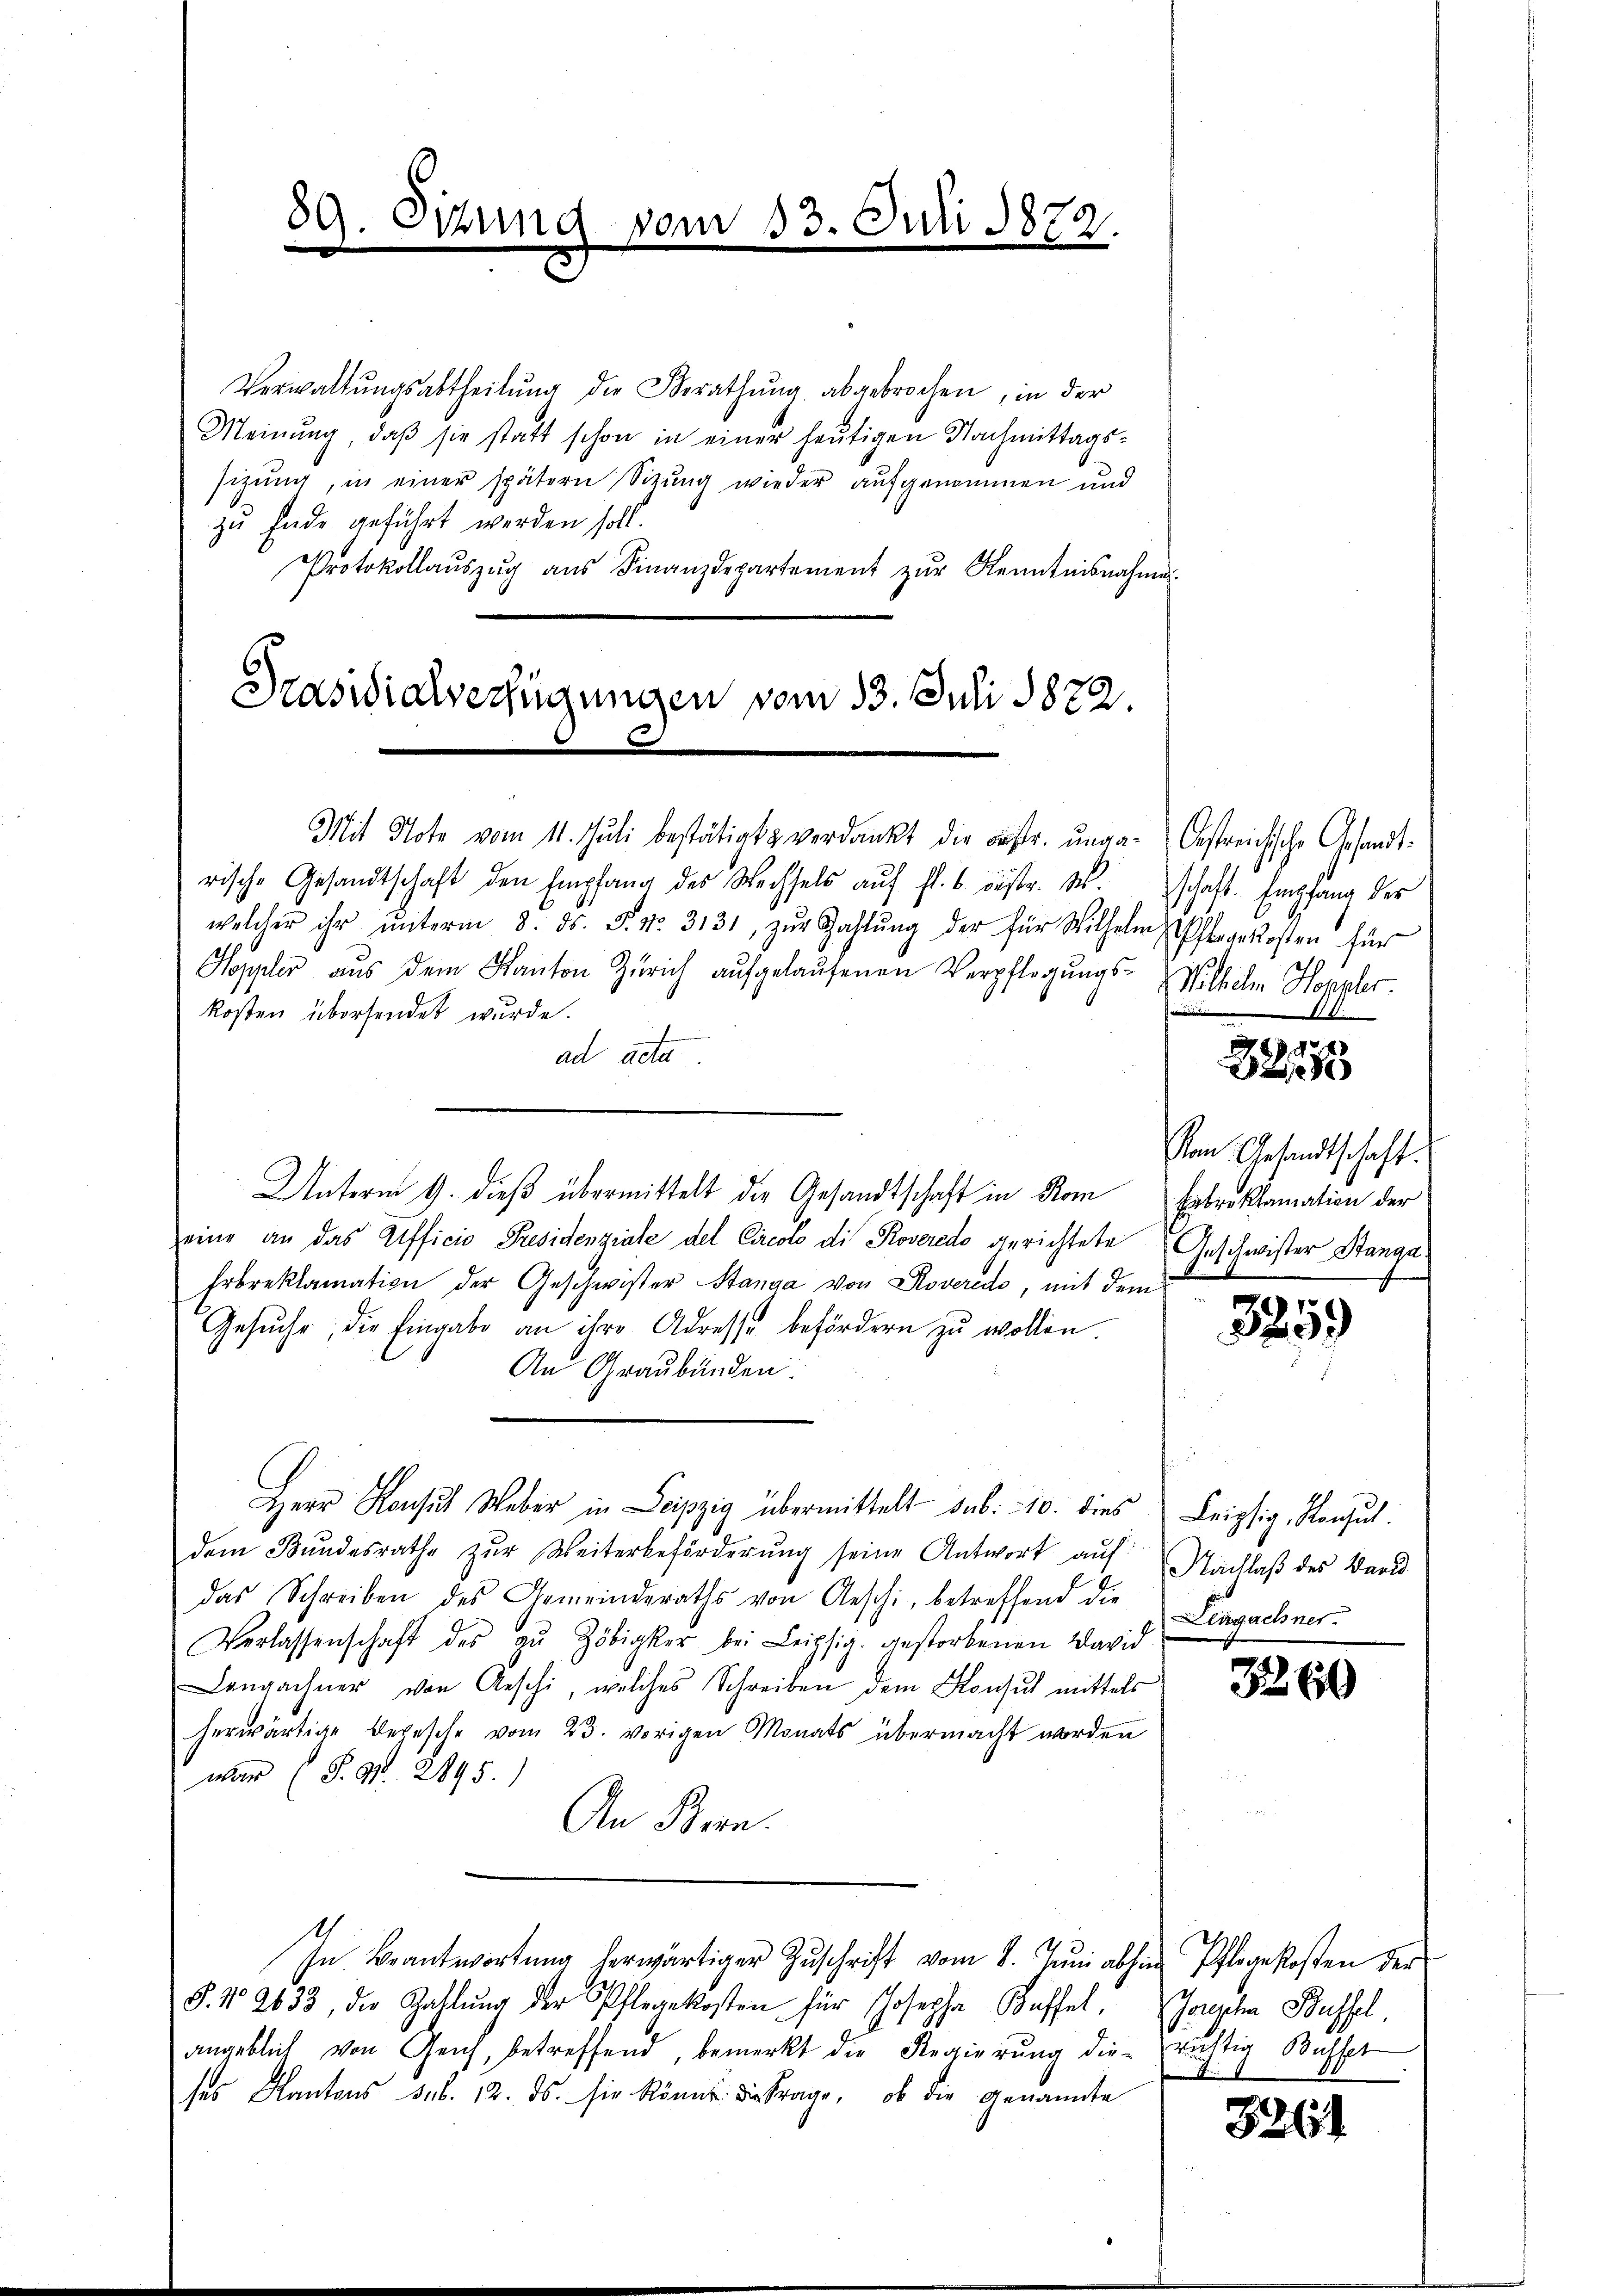
89. Sizung vom 13. Juli 1872.

Verwaltŭngsabtheilŭng die Berathŭng abgebrochen, in der
Meinung, daß sie statt schon in einer heutigen Nachmittagssitzung, in einer spätern Sitzung wieder aufgenommen und
zu Ende geführt werden soll.
Protokollaŭszŭg aŭs Finanzdepartement zŭr Kenntnisnahme

Präsidialverfügungen vom 13. Juli 1872.

Mit Note vom 11. Juli bestätigt & verdankt die Distr. ungarische Gesandtschaft den Empfang des Wechsels aŭf fl. 6 bestr. M.
welcher ihr ŭnterm 8. ds. S. Nr. 3131, zŭr Zahlŭng der für Wilhelm
Hoppler aŭs dem Kanton Zürich aŭfgelaŭfenen Verpflegungskosten übersendet wurde.
ad acte
Unterm 9. dieß übermittelt die Gesandtschaft in Kom
eine an das Afficio Presidenziale del Circolo di Roveredo gerichtete
Erbreklamation der Geschwister Stanga von Roveredo, mit dem
Gesŭche, die Eingabe an ihre Adresse befördern zŭ wollen.
An Graubünden.
dem Bŭndesrathe zŭr Weiterbeförderŭng seine Antwort auf:
das Schreiben des Gemeinderaths von Aeschi, betreffend die
Verlassenschaft des aŭ Zöbigker bei Leipfig gestorbenen David
Langachner von Aeschi, welches Schreiben dem Konsŭch mittels
herwärtige Begesche vom 23. vorigen Monats übermacht worden
war (S. 94. 2895.)
An Bern.
In Beantwortung herwärtiger Zuschrift vom 8. Juni abhin Pflegekosten der
§. No 2633, die Gallŭng der Pflegekosten für Josepha Kaffel
angeblich von Geich, betreffend, bemerkt die Regierung die richtig Basser
ses Kantons sub. 12. ds. sie könnt die Frage, ob die genannte

Herr Konsul Weber in Leipzig übermittelt das: 10. dies

Oestreichische Gesandt
schaft. Empfang des
Pflegekosten für
Wilhelm Hornber
w

22785

Vom Gesandtschaft.
Entreklamation der
Geschwister Stanga

3259

2
Leipzig, Konsul
Nachlaß des Ward
Ligachner.

3260

Gorgehen Bassel

8261